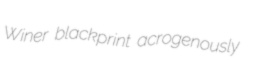
Winer blackprint acrogenously